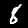
Digit: 8